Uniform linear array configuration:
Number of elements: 32
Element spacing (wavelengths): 0.5
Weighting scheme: kaiser
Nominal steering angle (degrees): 30
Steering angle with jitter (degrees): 30.492
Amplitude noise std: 0.05
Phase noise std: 0.05

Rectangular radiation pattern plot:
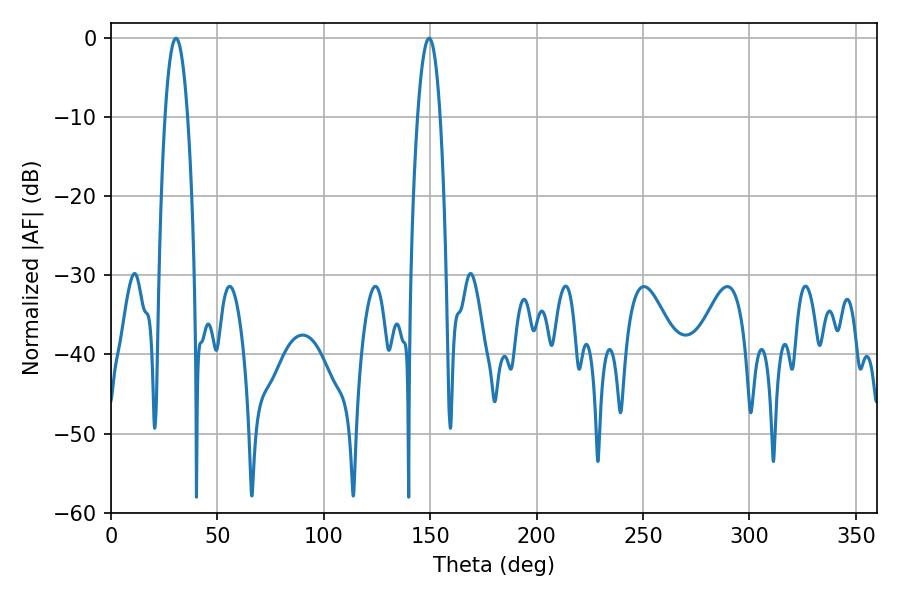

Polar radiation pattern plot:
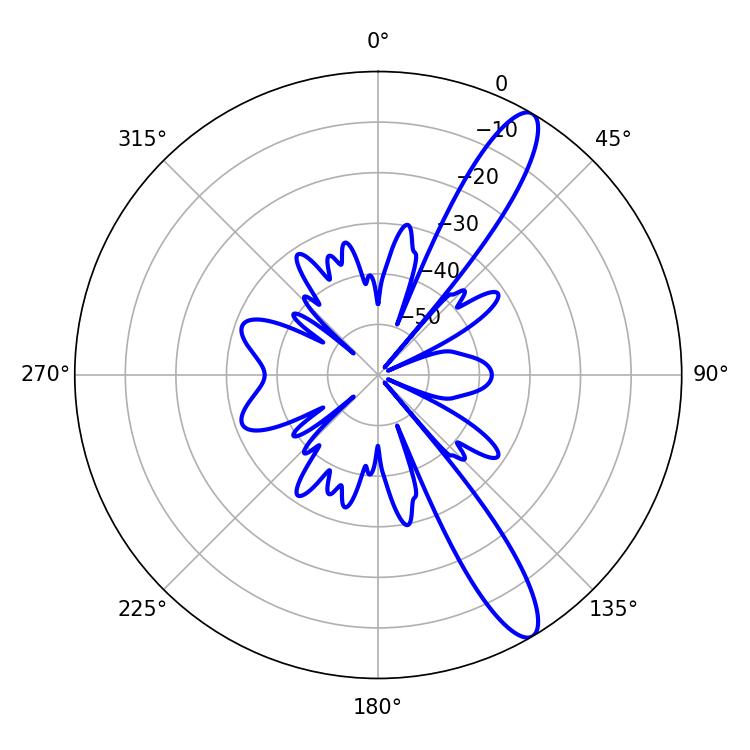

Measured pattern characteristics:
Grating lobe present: FALSE
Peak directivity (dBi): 12.522
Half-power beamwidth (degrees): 5.76
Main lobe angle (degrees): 149.4